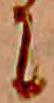
に